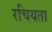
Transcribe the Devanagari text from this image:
रचियता